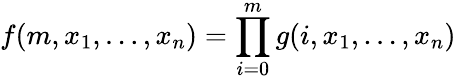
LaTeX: f(m,x_{1},\ldots,x_{n})=\prod_{i=0}^{m}g(i,x_{1},\ldots,x_{n})